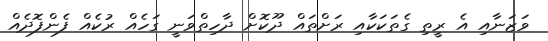
ވަޒަނާއި އެ ރީތި ގެތަކަކާއި ރަށްތައް ދޫކޮށް ދާހިތްވަނީ ގަހެއް ރުކެއް ފެންފޮދެއް